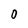
Character: 0